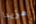
مزيدا